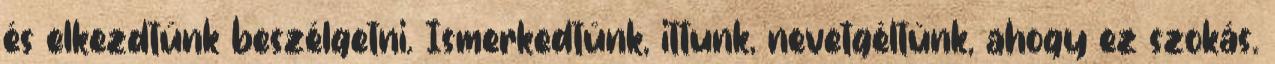
és elkezdtünk beszélgetni. Ismerkedtünk, ittunk, nevetgéltünk, ahogy ez szokás.